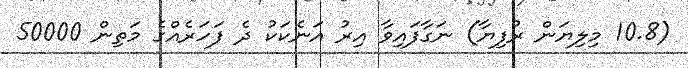
(10.8 މިލިޔަން ރުފިޔާ) ނަގާފައިވާ އިރު އަނެކަކު ދެ ފަހަރެއްގެ މަތިން 50000